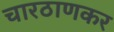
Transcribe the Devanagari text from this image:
चारठाणकर